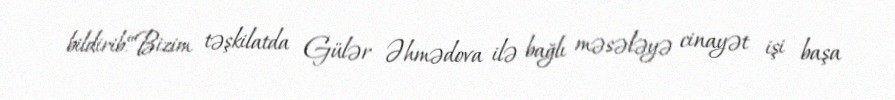
bildirib.“Bizim təşkilatda Gülər Əhmədova ilə bağlı məsələyə cinayət işi başa